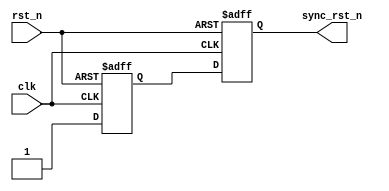
module rstn_sync_32bit(
    input          clk,
    input          rst_n,
    output  wire    sync_rst_n
);

reg  rst_n_ff1;
reg  rst_n_ff2;

always@(posedge clk or negedge rst_n)
begin
    if(~rst_n)
    begin
        rst_n_ff1 <= 1'b0;
        rst_n_ff2 <= 1'b0;
    end
    else
    begin
        rst_n_ff1 <= 1;
        rst_n_ff2 <= rst_n_ff1;
    end
end
    
assign sync_rst_n = rst_n_ff2;

endmodule